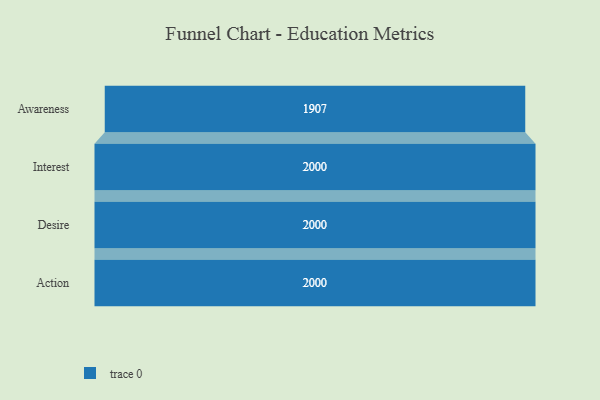
{"axis": {"x": "Stage", "y": "Value"}, "legend": [""], "data": [{"x": "Awareness", "y": 1907.0, "type": ""}, {"x": "Interest", "y": 2000, "type": ""}, {"x": "Desire", "y": 2000, "type": ""}, {"x": "Action", "y": 2000, "type": ""}]}